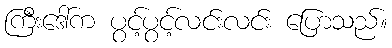
ကြီးဒေါ်က ပွင့်ပွင့်လင်းလင်း ပြောသည်။